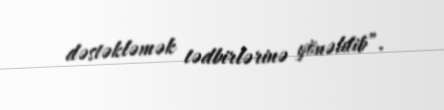
dəstəkləmək tədbirlərinə yönəldib”.